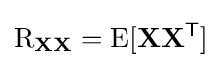
\operatorname {R} _{\mathbf {X} \mathbf {X} }=\operatorname {E} [\mathbf {X} \mathbf {X} ^{\mathsf {T}}]